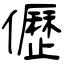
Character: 儮